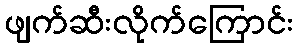
ဖျက်ဆီးလိုက်ကြောင်း